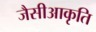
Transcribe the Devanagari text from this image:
जैसीआकृति